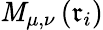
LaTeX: \mathit{M}_{\mu,\nu}\left(\mathfrak{{r}}_{i}\right)